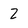
Character: 2